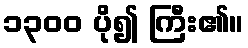
၁၃၀၀ ပို၍ ကြီး၏။